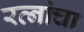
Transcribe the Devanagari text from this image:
रत्नांचा